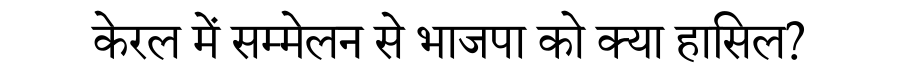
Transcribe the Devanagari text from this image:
केरल में सम्मेलन से भाजपा को क्या हासिल?